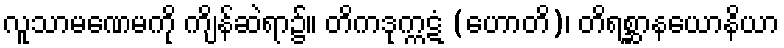
လူသာမဏေမကို ကျိန်ဆဲရာ၌။ တိကဒုက္ကဋံ (ဟောတိ)၊ တိရစ္ဆာနယောနိယာ